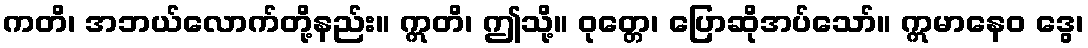
ကတိ၊ အဘယ်လောက်တို့နည်း။ ဣတိ၊ ဤသို့။ ဝုတ္တေ၊ ပြောဆိုအပ်သော်။ ဣမာနေဝ ဒွေ၊